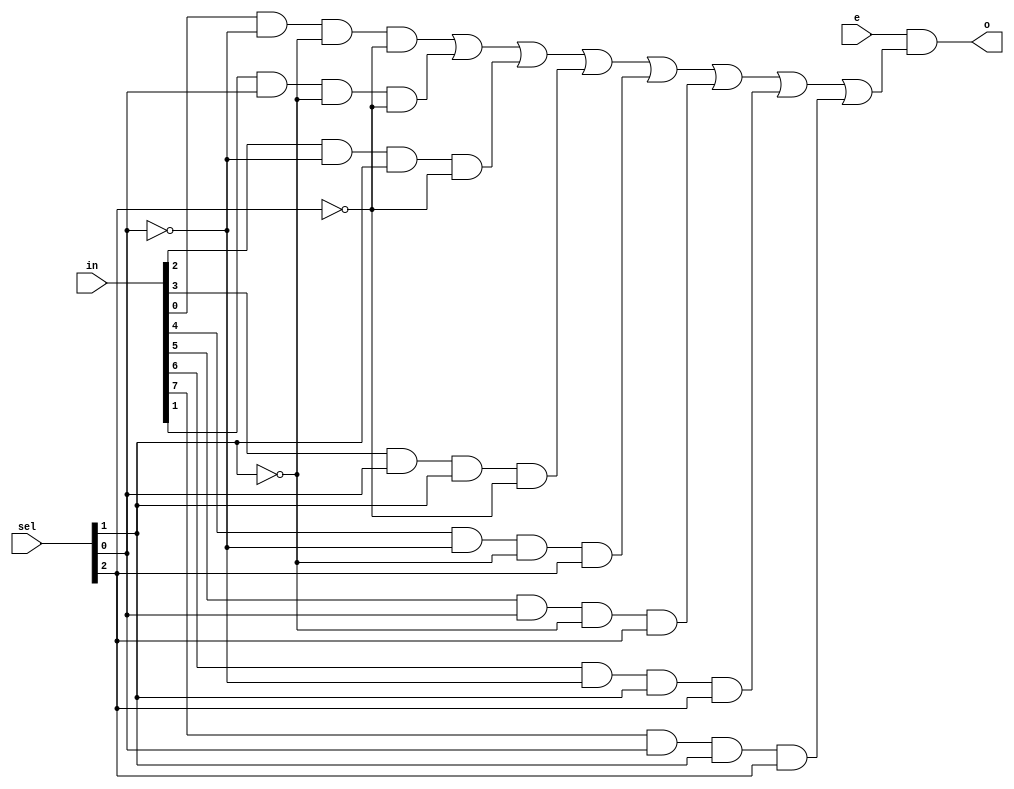
`timescale 1ns / 1ps
//////////////////////////////////////////////////////////////////////////////////
// Company: 
// Engineer: 
// 
// Design Name: 
// Module Name: m8_1
// Project Name: 
// Target Devices: 
// Tool Versions: 
// Description: 
// 
// Dependencies: 
// 
// Revision:
// Revision 0.01 - File Created
// Additional Comments:
// 
//////////////////////////////////////////////////////////////////////////////////


module m8_1(
    input [7:0] in,
    input [2:0] sel,
    input e,
    output o
    );
 assign o = e & ((in[0]&~sel[0]&~sel[1]&~sel[2]) | (in[1]&sel[0]&~sel[1]&~sel[2]) | (in[2]&~sel[0]&sel[1]&~sel[2]) | (in[3]&sel[0]&sel[1]&~sel[2]) | (in[4]&~sel[0]&~sel[1]&sel[2]) | (in[5]&sel[0]&~sel[1]&sel[2]) | (in[6]&~sel[0]&sel[1]&sel[2]) | (in[7]&sel[0]&sel[1]&sel[2]));
endmodule